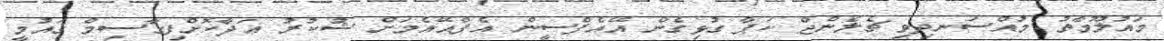
މައުލޫމާތު މުއްސަނދިވި ޗެލެންޖް ކަޕާ ގުޅިގެން އޭއެފްސީން އެފްއޭއެމަށް ޝުކުރު އަދާކޮށްފިގާސިމް ގައުމީ